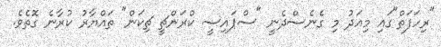
"ރިހަފަތް"ގައި މިއަދު މި ގެނެސްދެނީ "ސްޕައިސީ ކްރަންޗީ ޗިކަން" ތައްޔާރު ކުރާނެ ގޮތެވެ.